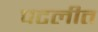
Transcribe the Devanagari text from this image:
पटलीत